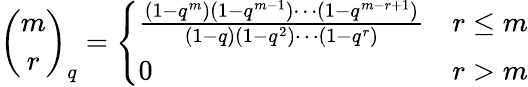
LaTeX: {\binom{m}{r}}_{q}={\left\{ \begin{array}{ll}{{\frac{(1-q^{m})(1-q^{m-1})\cdots(1-q^{m-r+1})}{(1-q)(1-q^{2})\cdots(1-q^{r})}}}&{r\leq m}\\ {0}&{r>m}\end{array}\right.}